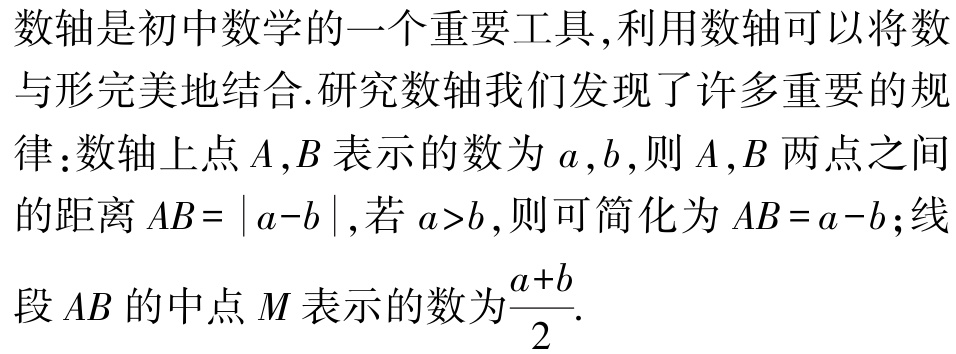
数轴是初中数学的一个重要工具,利用数轴可以将数与形完美地结合.研究数轴我们发现了许多重要的规律：数轴上点\(A,B\)表示的数为\(a,b\),则\(A,B\)两点之间的距离\(AB = \vert a - b\vert\),若\(a>b\),则可简化为\(AB = a - b\);线段\(AB\)的中点\(M\)表示的数为\(\frac{a + b}{2}\).